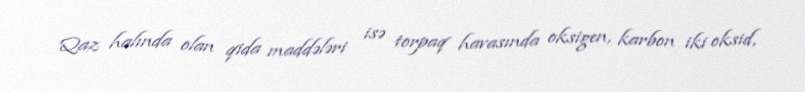
Qaz halında olan qida maddələri isə torpaq havasında oksigen, karbon iki oksid,